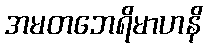
အမတဘေရိမာဟနိ